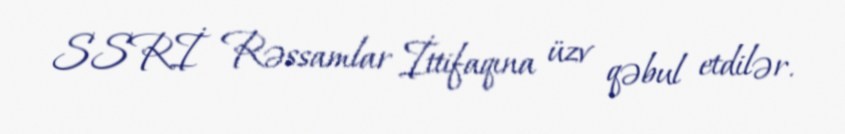
SSRİ Rəssamlar İttifaqına üzv qəbul etdilər.